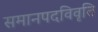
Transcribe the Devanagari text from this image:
समानपदविवृति